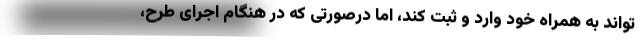
تواند به همراه خود وارد و ثبت کند، اما درصورتی که در هنگام اجرای طرح،